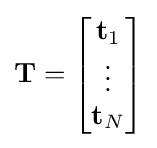
{\bf {T}}=\left[{\begin{matrix}{\bf {t}}_{1}\\\vdots \\{\bf {t}}_{N}\end{matrix}}\right]